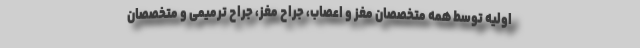
اولیه توسط همه متخصصان مغز و اعصاب، جراح مغز، جراح ترمیمی و متخصصان